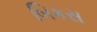
બિકસ